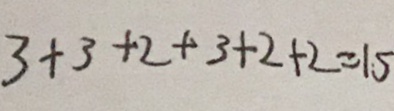
3 + 3 + 2 + 3 + 2 + 2 = 1 5